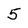
Character: 5